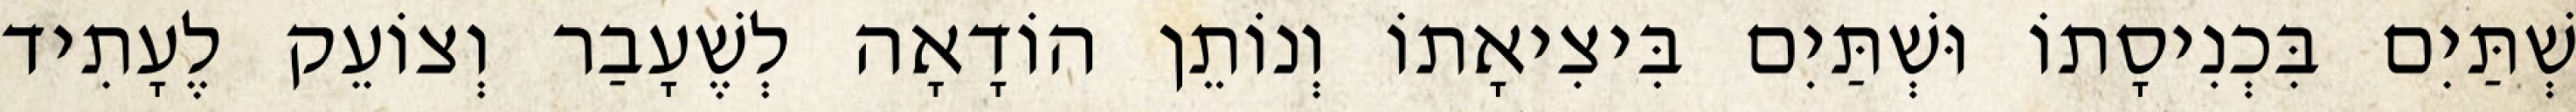
שְׁתַּיִם בִּכְנִיסָתוֹ וּשְׁתַּיִם בִּיצִיאָתוֹ וְנוֹתֵן הוֹדָאָה לְשֶׁעָבַר וְצוֹעֵק לֶעָתִיד